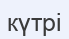
күтрі